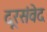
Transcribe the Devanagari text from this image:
दूरसंवेद